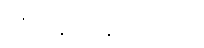
ယုံကြည်နေ ပါတယ်။